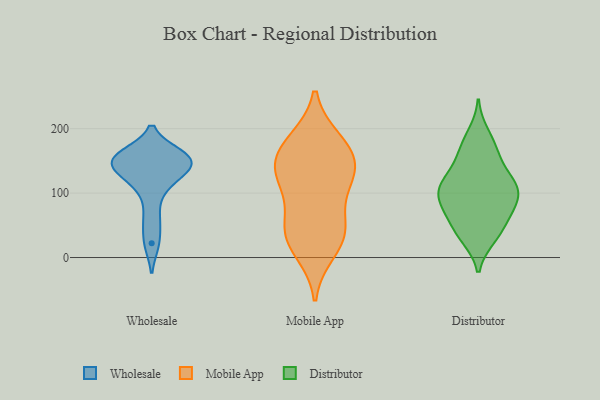
{"axis": {"x": "Satisfaction Score", "y": "Value"}, "legend": ["Distributor", "Mobile App", "Wholesale"], "data": [{"x": "", "y": 125, "type": "Wholesale"}, {"x": "", "y": 139, "type": "Wholesale"}, {"x": "", "y": 148, "type": "Wholesale"}, {"x": "", "y": 61, "type": "Wholesale"}, {"x": "", "y": 148, "type": "Wholesale"}, {"x": "", "y": 108, "type": "Wholesale"}, {"x": "", "y": 157, "type": "Wholesale"}, {"x": "", "y": 22, "type": "Wholesale"}, {"x": "", "y": 154, "type": "Wholesale"}, {"x": "", "y": 159, "type": "Wholesale"}, {"x": "", "y": 48, "type": "Mobile App"}, {"x": "", "y": 137, "type": "Mobile App"}, {"x": "", "y": 117, "type": "Mobile App"}, {"x": "", "y": 36, "type": "Mobile App"}, {"x": "", "y": 29, "type": "Mobile App"}, {"x": "", "y": 55, "type": "Mobile App"}, {"x": "", "y": 135, "type": "Mobile App"}, {"x": "", "y": 171, "type": "Mobile App"}, {"x": "", "y": 143, "type": "Mobile App"}, {"x": "", "y": 181, "type": "Mobile App"}, {"x": "", "y": 174, "type": "Mobile App"}, {"x": "", "y": 10, "type": "Mobile App"}, {"x": "", "y": 110, "type": "Mobile App"}, {"x": "", "y": 36, "type": "Distributor"}, {"x": "", "y": 97, "type": "Distributor"}, {"x": "", "y": 104, "type": "Distributor"}, {"x": "", "y": 109, "type": "Distributor"}, {"x": "", "y": 155, "type": "Distributor"}, {"x": "", "y": 175, "type": "Distributor"}, {"x": "", "y": 78, "type": "Distributor"}, {"x": "", "y": 192, "type": "Distributor"}, {"x": "", "y": 63, "type": "Distributor"}, {"x": "", "y": 58, "type": "Distributor"}, {"x": "", "y": 84, "type": "Distributor"}, {"x": "", "y": 129, "type": "Distributor"}, {"x": "", "y": 108, "type": "Distributor"}, {"x": "", "y": 124, "type": "Distributor"}, {"x": "", "y": 31, "type": "Distributor"}, {"x": "", "y": 112, "type": "Distributor"}, {"x": "", "y": 162, "type": "Distributor"}, {"x": "", "y": 36, "type": "Distributor"}, {"x": "", "y": 85, "type": "Distributor"}]}